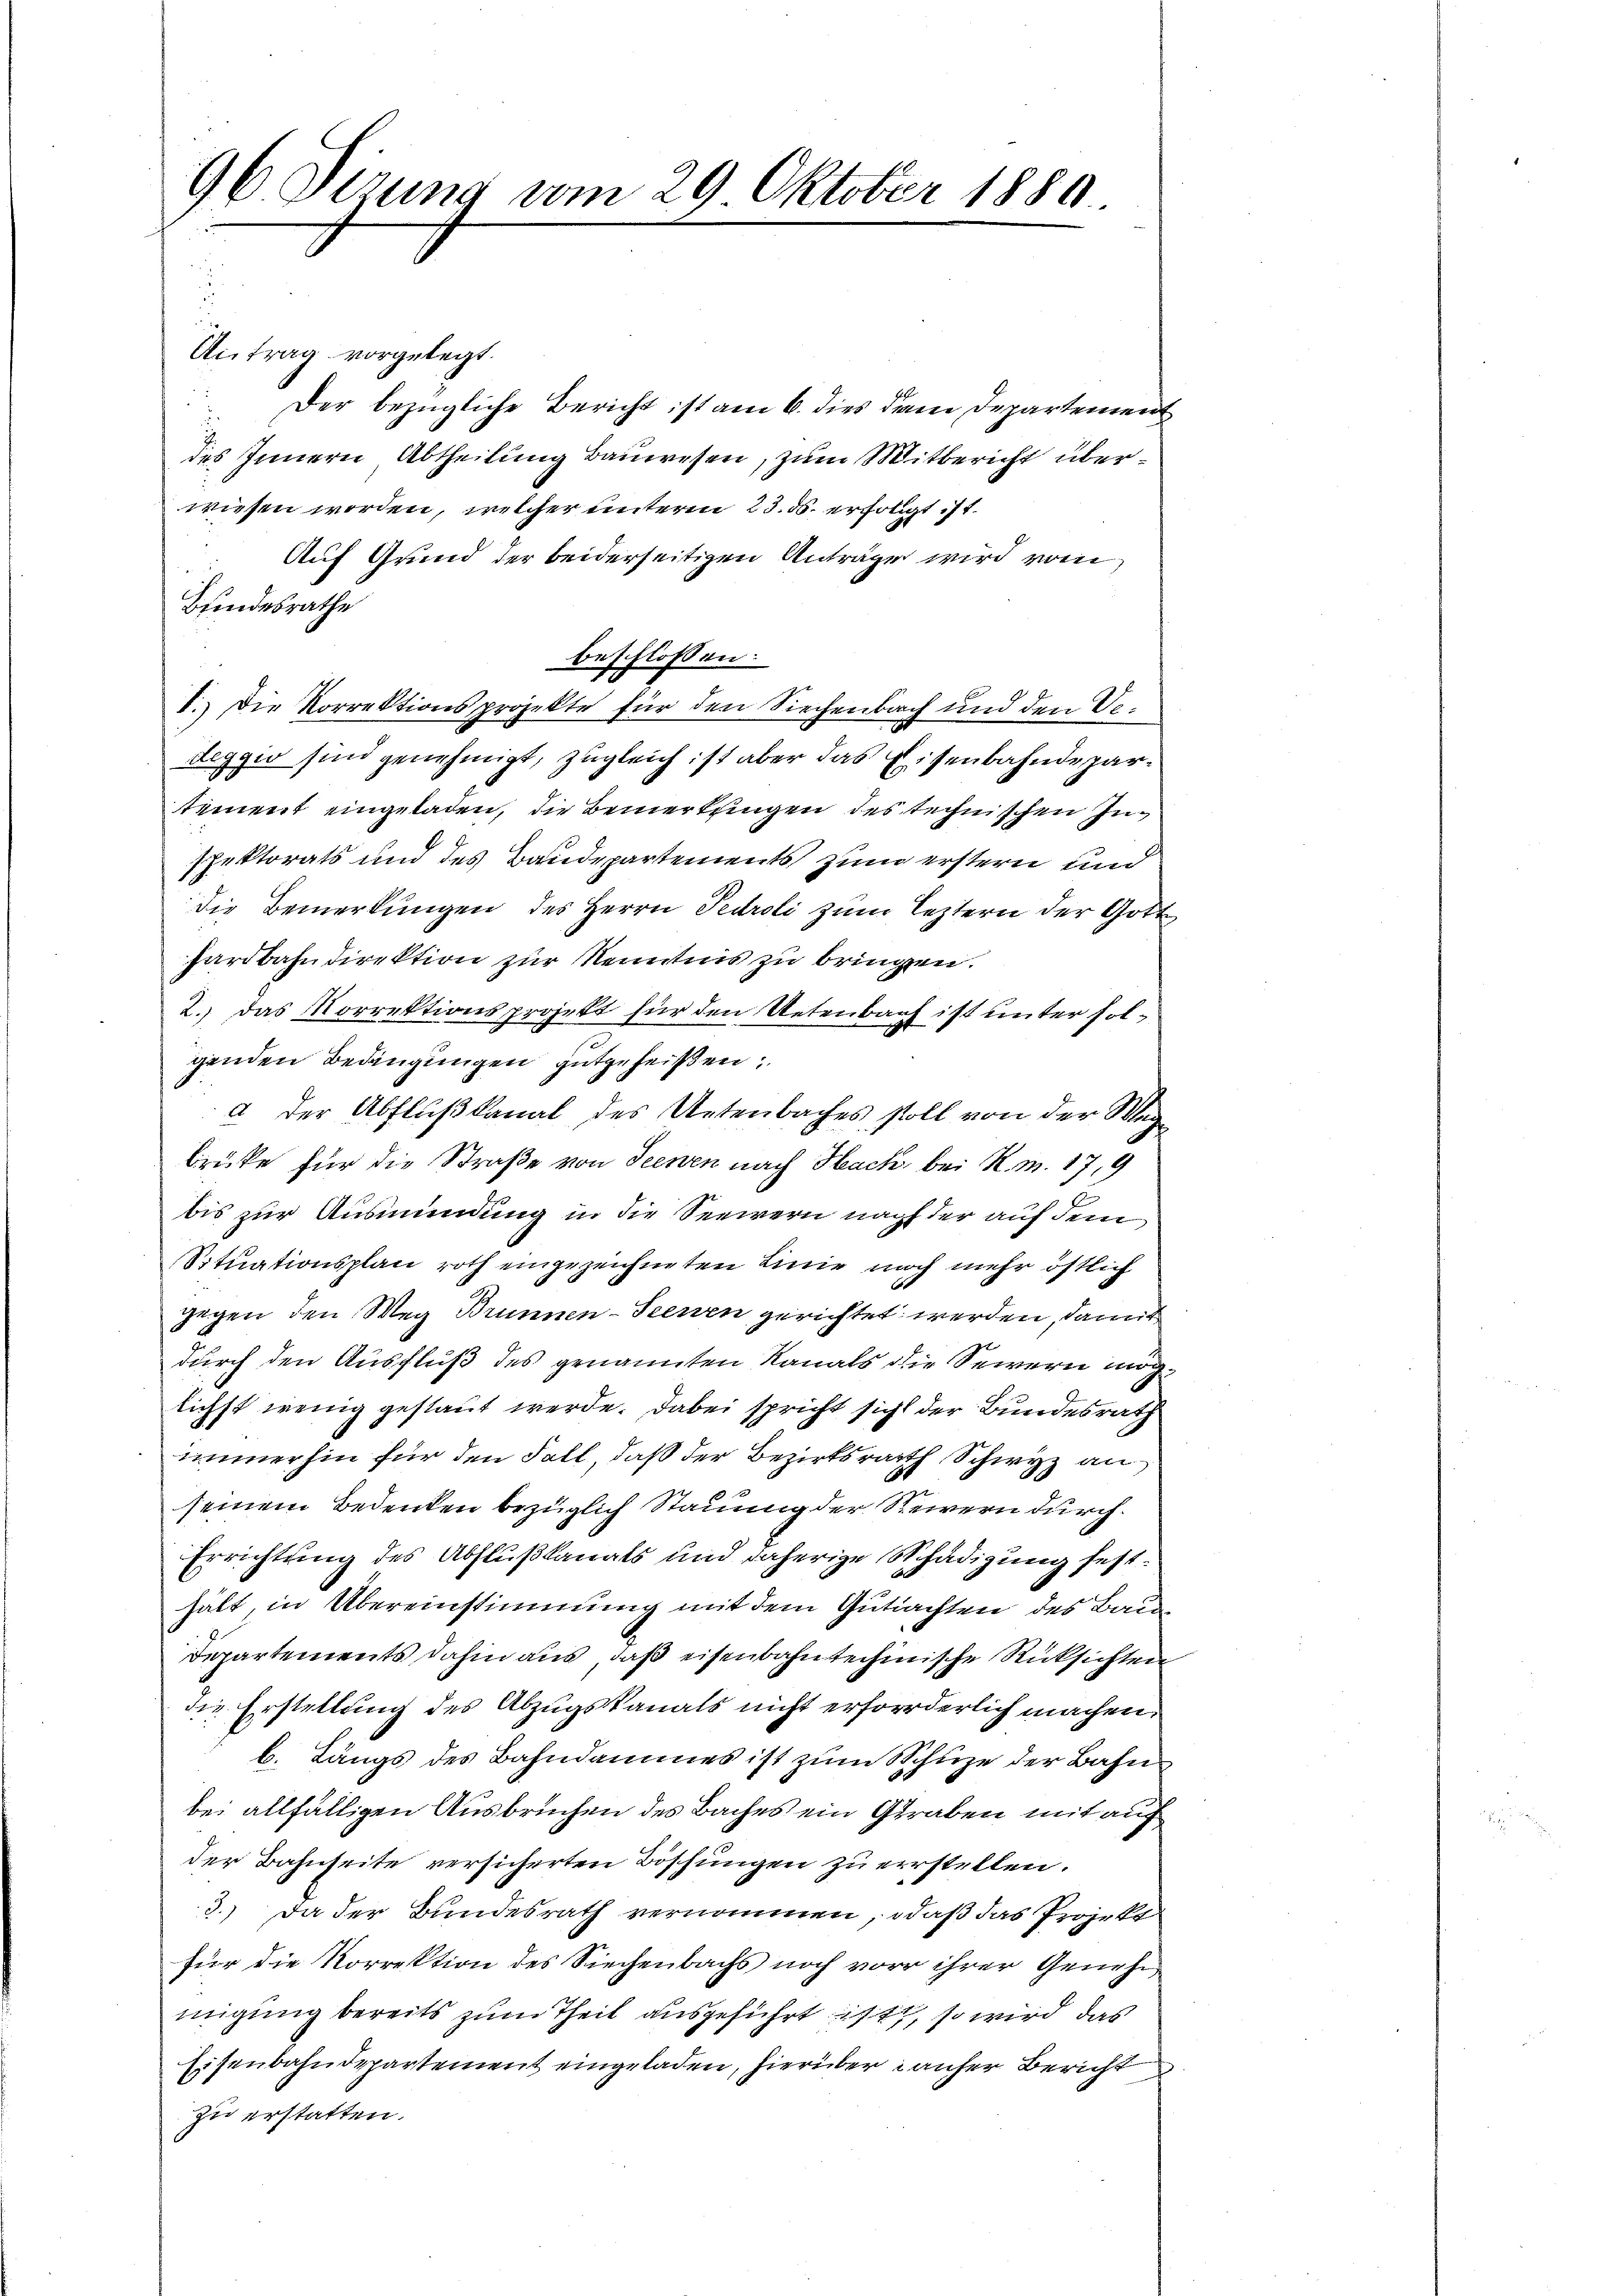
96 Sizung vom 29 Oktober 1889.

Antrag vorgelegt.
Der bezügliche Bericht ist am 6. dies dem Departemen
des Innern Abtheilung Bauwesen, zum Mitbericht überwiesen worden, welcher unterm 23. ds. erfolgt ist.
Auf Grund der beiderseitigen Anträge wird vom
Bundesrathe
beschlossen:
I. Die Korrektionsprojekte für den Siechenbach und den Vedeggio sind genehmigt, zugleich ist aber das Eisenbahndepartement eingeladen, die Bemerkungen des technischen Inspektorats und des Baudepartements zum erstern und
die Bemerkungen des Herrn Pedroli zum leztern der Gott
hardbahndirektion zur Kenntnis zu bringen.
2.) Das Korrektionsprojekt für den Uetenbach ist unter folgenden Bedingungen gutgeheißen:
a der Abflußkanal des Untenbaches soll von der Wegbrüke für die Straße von Seewen nach Hack, bei R. M. 17, 9
bis zur Ausmündung in die Seewern nach der auf dem
Situationsplan roth eingezeichneten Linie noch mehr östlich
gegen den Weg Brunnen-Seenen gerichtet werden, damit
durch den Ausfluß des genannten Kanals die Sewern möglichst wenig gestaut werde. Dabei spricht sicht der Bundesrath
immerhin für den Fall, daß der Bezirksrath Schwyz an
seinem Bedenken bezüglich Stauung der Rewern durch¬
Errichtung des Abflußkanats und daherige Schädigung festhält, in Übereinstimmung mit dem Gutachten des Bau
Departements dahin aus, daß eisenbahntechinische Rücksichten
die Erstellung des Abzugskanals nicht erforderlich machen.
b. Längs des Bahndammes ist zum Schuze der Bahn
bei allfälligen Ausbruchen des Baches ein Graben mit auf
der Bahnseite versicherten Böschungen zu erstellen.
3.) Da der Bundesrath vernommen, daß das Projekt
für die Korrektion des Siechenbachs noch vor ihrer Genehmigung bereits zum Theil ausgeführt ist, so wird das
Eisenbahndepartement eingeladen, hierüber anher Bericht
zu erstatten.